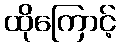
ထိုကြောင့်